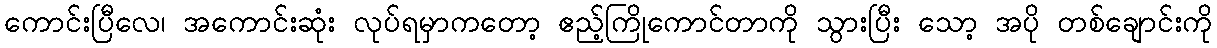
ကောင်းပြီလေ၊ အကောင်းဆုံး လုပ်ရမှာကတော့ ဧည့်ကြိုကောင်တာကို သွားပြီး သော့ အပို တစ်ချောင်းကို